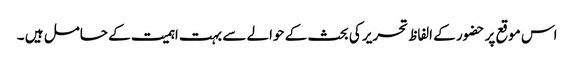
اس موقع پر حضور کے الفاظ تحریر کی بحث کے حوالے سے بہت اہمیت کے حامل ہیں ۔